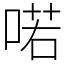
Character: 喏